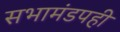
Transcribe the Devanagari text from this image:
सभामंडपही